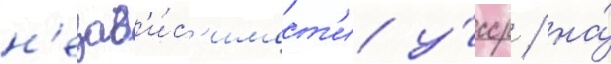
н'езав'и́с'имост'и у́сср / на́